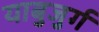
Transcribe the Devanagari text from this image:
याबुजुर्ग